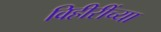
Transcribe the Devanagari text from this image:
विहीरींच्या